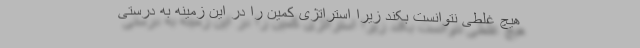
هیچ غلطی نتوانست بکند زیرا استراتژی کمین را در این زمینه به درستی